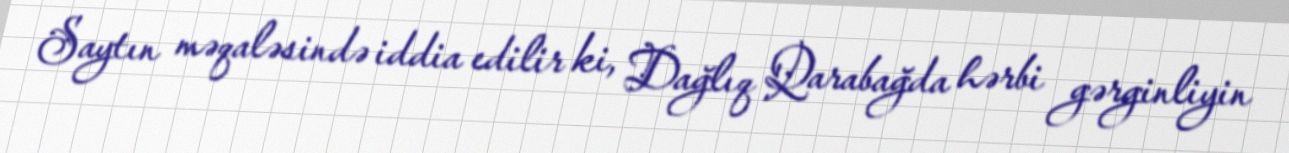
Saytın məqaləsində iddia edilir ki, Dağlıq Qarabağda hərbi gərginliyin